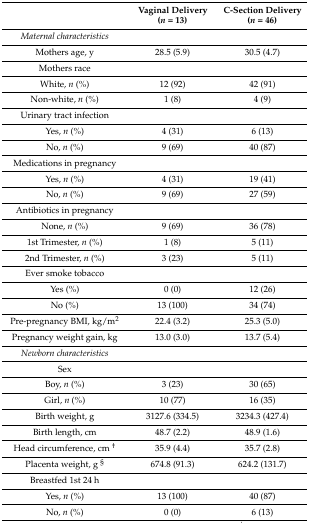
<table><thead><tr><td></td><td><b>Vaginal Delivery (<i>n</i> = 13)</b></td><td><b>C-Section Delivery (<i>n</i> = 46)</b></td></tr></thead><tbody><tr><td><i>Maternal characteristics</i></td><td></td><td></td></tr><tr><td>Mothers age, y</td><td>28.5 (5.9)</td><td>30.5 (4.7)</td></tr><tr><td>Mothers race</td><td></td><td></td></tr><tr><td>White, <i>n</i> (%)</td><td>12 (92)</td><td>42 (91)</td></tr><tr><td>Non-white, <i>n</i> (%)</td><td>1 (8)</td><td>4 (9)</td></tr><tr><td>Urinary tract infection</td><td></td><td></td></tr><tr><td>Yes, <i>n</i> (%)</td><td>4 (31)</td><td>6 (13)</td></tr><tr><td>No, <i>n</i> (%)</td><td>9 (69)</td><td>40 (87)</td></tr><tr><td>Medications in pregnancy</td><td></td><td></td></tr><tr><td>Yes, <i>n</i> (%)</td><td>4 (31)</td><td>19 (41)</td></tr><tr><td>No, <i>n</i> (%)</td><td>9 (69)</td><td>27 (59)</td></tr><tr><td>Antibiotics in pregnancy</td><td></td><td></td></tr><tr><td>None, <i>n</i> (%)</td><td>9 (69)</td><td>36 (78)</td></tr><tr><td>1st Trimester, <i>n</i> (%)</td><td>1 (8)</td><td>5 (11)</td></tr><tr><td>2nd Trimester, <i>n</i> (%)</td><td>3 (23)</td><td>5 (11)</td></tr><tr><td>Ever smoke tobacco</td><td></td><td></td></tr><tr><td>Yes (%)</td><td>0 (0)</td><td>12 (26)</td></tr><tr><td>No (%)</td><td>13 (100)</td><td>34 (74)</td></tr><tr><td>Pre-pregnancy BMI, kg/m<sup>2</sup></td><td>22.4 (3.2)</td><td>25.3 (5.0)</td></tr><tr><td>Pregnancy weight gain, kg</td><td>13.0 (3.0)</td><td>13.7 (5.4)</td></tr><tr><td><i>Newborn characteristics</i></td><td></td><td></td></tr><tr><td>Sex</td><td></td><td></td></tr><tr><td>Boy, <i>n</i> (%)</td><td>3 (23)</td><td>30 (65)</td></tr><tr><td>Girl, <i>n</i> (%)</td><td>10 (77)</td><td>16 (35)</td></tr><tr><td>Birth weight, g </td><td>3127.6 (334.5)</td><td>3234.3 (427.4)</td></tr><tr><td>Birth length, cm</td><td>48.7 (2.2)</td><td>48.9 (1.6)</td></tr><tr><td>Head circumference, cm <sup>†</sup></td><td>35.9 (4.4)</td><td>35.7 (2.8)</td></tr><tr><td>Placenta weight, g <sup>§</sup></td><td>674.8 (91.3)</td><td>624.2 (131.7)</td></tr><tr><td>Breastfed 1st 24 h</td><td></td><td></td></tr><tr><td>Yes, <i>n</i> (%)</td><td>13 (100)</td><td>40 (87)</td></tr><tr><td>No, <i>n</i> (%)</td><td>0 (0)</td><td>6 (13)</td></tr></tbody></table>